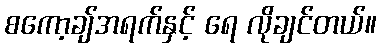
စကော့ချ်အရက်နှင့် ရေ လိုချင်တယ်။